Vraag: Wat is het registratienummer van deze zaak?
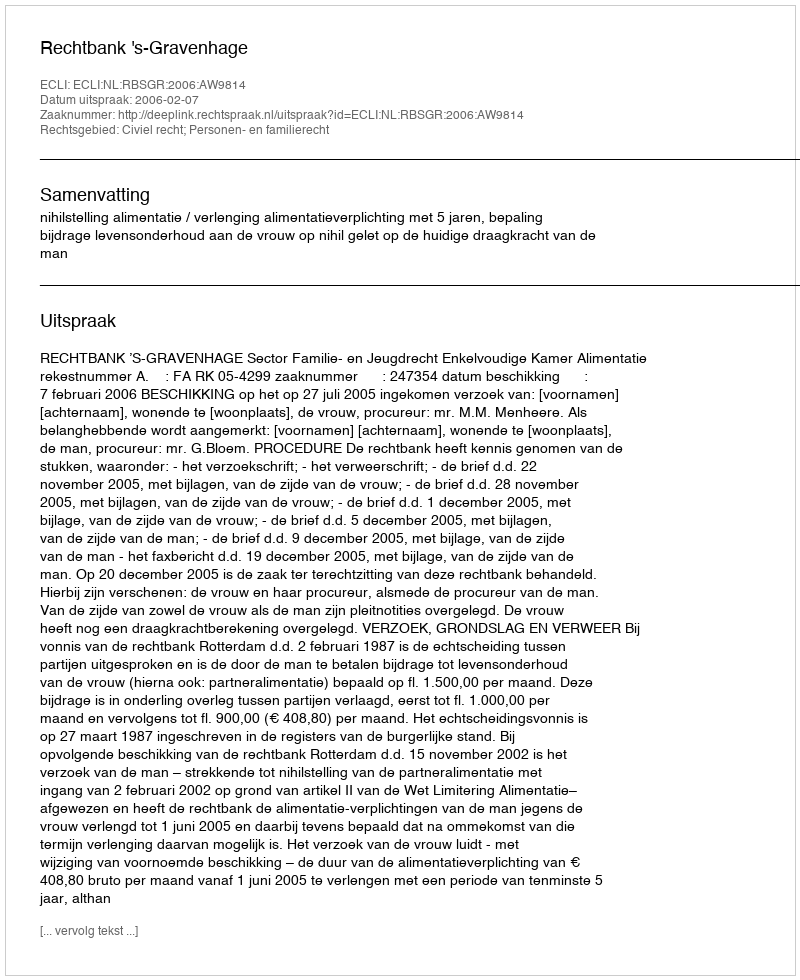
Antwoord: http://deeplink.rechtspraak.nl/uitspraak?id=ECLI:NL:RBSGR:2006:AW9814